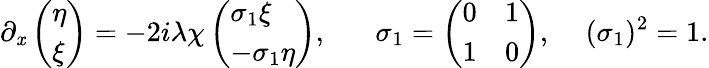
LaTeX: \partial_{\mathit{x}}\left(\begin{array}{l}{{\eta}}\\ {{\xi}}\end{array}\right)=-2i\lambda\chi\left(\begin{array}{l}{{\sigma_{1}\xi}}\\ {{-\sigma_{1}\eta}}\end{array}\right),\, \, \, \, \, \, \, \, \, \, \sigma_{1}=\left(\begin{array}{ll}{{0}}&{{1}}\\ {{1}}&{{0}}\end{array}\right),\, \, \, \, \, \, \, (\sigma_{1})^{2}=1.